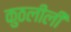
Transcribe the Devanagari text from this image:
कुठलीली